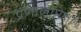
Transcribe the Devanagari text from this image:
प्रणालीपेक्षा